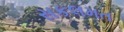
સકલમત